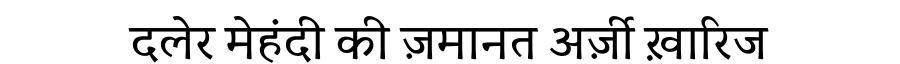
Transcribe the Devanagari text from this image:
दलेर मेहंदी की ज़मानत अर्ज़ी ख़ारिज